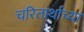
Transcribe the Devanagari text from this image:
चरितार्थाच्या